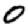
Digit: 0